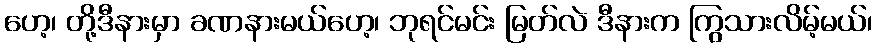
ဟေ့၊ တို့ဒီနားမှာ ခဏနားမယ်ဟေ့၊ ဘုရင်မင်း မြတ်လဲ ဒီနားက ကြွသားလိမ့်မယ်၊